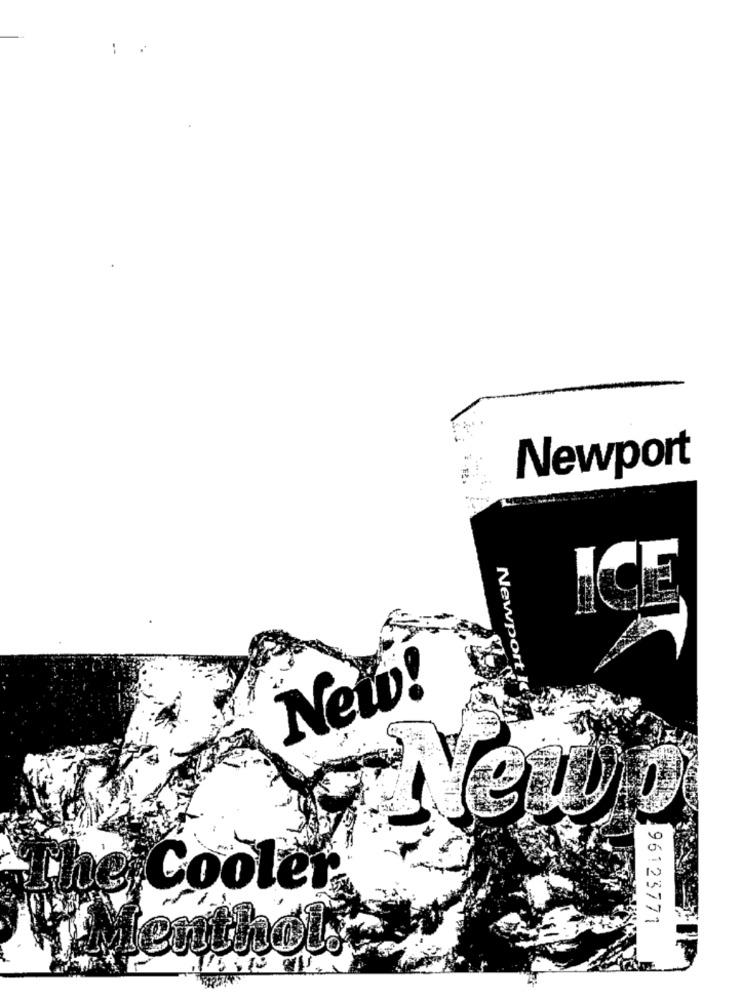
--
Newport
Newport K
Neio!
New
The Cooler
96123771
AMenthol.